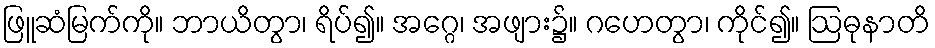
ဖြူဆံမြက်ကို။ ဘာယိတွာ၊ ရိပ်၍။ အဂ္ဂေ၊ အဖျား၌။ ဂဟေတွာ၊ ကိုင်၍။ ဩဓုနာတိ